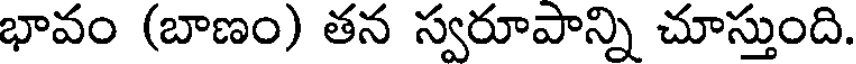
భావం (బాణం) తన స్వరూపాన్ని చూస్తుంది.